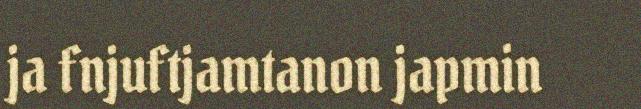
ja fnjuftjamtanon japmin